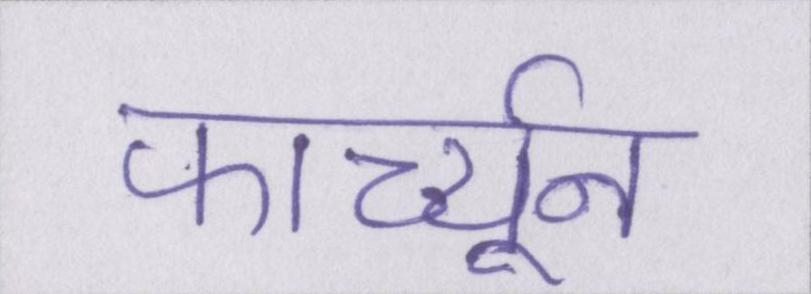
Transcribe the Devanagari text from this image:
फार्च्यून